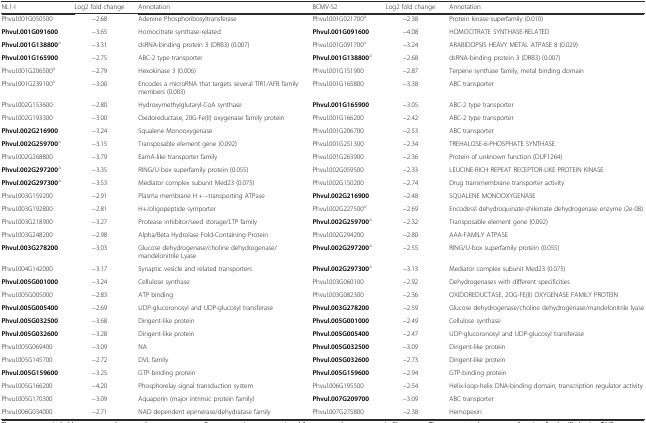
<table><thead><tr><td><b>NL1-I</b></td><td><b>Log2 fold change</b></td><td><b>Annotation</b></td><td><b>BCMV-S2</b></td><td><b>Log2 fold change</b></td><td><b>Annotation</b></td></tr></thead><tbody><tr><td>Phvul.001G050500</td><td>−2.68</td><td>Adenine Phosphoribosyltransferase</td><td>Phvul.001G021700<sup>a</sup></td><td>−2.38</td><td>Protein kinase superfamily (0.010)</td></tr><tr><td><b>Phvul.001G091600</b></td><td>−3.65</td><td>Homocitrate synthase-related</td><td><b>Phvul.001G091600</b></td><td>−4.08</td><td>HOMOCITRATE SYNTHASE-RELATED</td></tr><tr><td><b>Phvul.001G138800</b><sup>a</sup></td><td>−3.31</td><td>dsRNA-binding protein 3 (DRB3) (0.007)</td><td>Phvul.001G091700<sup>a</sup></td><td>−3.24</td><td>ARABIDOPSIS HEAVY METAL ATPASE 8 (0.029)</td></tr><tr><td><b>Phvul.001G165900</b></td><td>−2.75</td><td>ABC-2 type transporter</td><td><b>Phvul.001G138800</b><sup>a</sup></td><td>−2.68</td><td>dsRNA-binding protein 3 (DRB3) (0.007)</td></tr><tr><td>Phvul.001G206500<sup>a</sup></td><td>−2.79</td><td>Hexokinase 3 (0.006)</td><td>Phvul.001G151900</td><td>−2.87</td><td>Terpene synthase family, metal binding domain</td></tr><tr><td>Phvul.001G239100<sup>a</sup></td><td>−3.00</td><td>Encodes a microRNA that targets several TIR1/AFB family members (0.003)</td><td>Phvul.001G165800</td><td>−3.38</td><td>ABC transporter</td></tr><tr><td>Phvul.002G153600</td><td>−2.80</td><td>Hydroxymethylglutaryl-CoA synthase</td><td><b>Phvul.001G165900</b></td><td>−3.05</td><td>ABC-2 type transporter</td></tr><tr><td>Phvul.002G193300</td><td>−3.00</td><td>Oxidoreductase, 20G-Fe(II) oxygenase family protein</td><td>Phvul.001G166200</td><td>−2.42</td><td>ABC-2 type transporter</td></tr><tr><td><b>Phvul.002G216900</b></td><td>−3.24</td><td>Squalene Monooxygenase</td><td>Phvul.001G206700</td><td>−2.53</td><td>ABC transporter</td></tr><tr><td><b>Phvul.002G259700</b><sup>a</sup></td><td>−3.15</td><td>Transposable element gene (0.092)</td><td>Phvul.001G251300</td><td>−2.34</td><td>TREHALOSE-6-PHOSPHATE SYNTHASE</td></tr><tr><td>Phvul.002G268800</td><td>−3.79</td><td>EamA-like transporter family</td><td>Phvul.001G263900</td><td>−2.36</td><td>Protein of unknown function (DUF1264)</td></tr><tr><td><b>Phvul.002G297200</b><sup>a</sup></td><td>−3.35</td><td>RING/U-box superfamily protein (0.055)</td><td>Phvul.002G059500</td><td>−2.33</td><td>LEUCINE-RICH REPEAT RECEPTOR-LIKE PROTEIN KINASE</td></tr><tr><td><b>Phvul.002G297300</b><sup>a</sup></td><td>−3.53</td><td>Mediator complex subunit Med23 (0.075)</td><td>Phvul.002G150200</td><td>−2.74</td><td>Drug transmembrane transporter activity</td></tr><tr><td>Phvul.003G159200</td><td>−2.91</td><td>Plasma membrane H + −transporting ATPase</td><td><b>Phvul.002G216900</b></td><td>−2.48</td><td>SQUALENE MONOOXYGENASE</td></tr><tr><td>Phvul.003G192800</td><td>−2.81</td><td>H+/oligopeptide symporter</td><td>Phvul.002G227500<sup>a</sup></td><td>−2.69</td><td>Encodessl dehydroquinate-shikimate dehydrogenase enzyme (2e-08)</td></tr><tr><td>Phvul.003G218900</td><td>−3.27</td><td>Protease inhibitor/seed storage/LTP family</td><td><b>Phvul.002G259700</b><sup>a</sup></td><td>−2.32</td><td>Transposable element gene (0.092)</td></tr><tr><td>Phvul.003G248200</td><td>−2.98</td><td>Alpha/Beta Hydrolase Fold-Containing Protein</td><td>Phvul.002G294200</td><td>−2.80</td><td>AAA-FAMILY ATPASE</td></tr><tr><td><b>Phvul.003G278200</b></td><td>−3.03</td><td>Glucose dehydrogenase/choline dehydrogenase/mandelonitrile Lyase</td><td><b>Phvul.002G297200</b><sup>a</sup></td><td>−2.55</td><td>RING/U-box superfamily protein (0.055)</td></tr><tr><td>Phvul.004G142000</td><td>−3.17</td><td>Synaptic vesicle and related transporters</td><td><b>Phvul.002G297300</b><sup>a</sup></td><td>−3.13</td><td>Mediator complex subunit Med23 (0.075)</td></tr><tr><td><b>Phvul.005G001000</b></td><td>−3.24</td><td>Cellulose synthase</td><td>Phvul.003G060100</td><td>−2.92</td><td>Dehydrogenases with different specificities</td></tr><tr><td>Phvul.005G005000</td><td>−2.83</td><td>ATP binding</td><td>Phvul.003G082300</td><td>−2.36</td><td>OXIDOREDUCTASE, 2OG-FE(II) OXYGENASE FAMILY PROTEIN</td></tr><tr><td><b>Phvul.005G005400</b></td><td>−2.69</td><td>UDP-glucoronosyl and UDP-glucosyl transferase</td><td><b>Phvul.003G278200</b></td><td>−2.59</td><td>Glucose dehydrogenase/choline dehydrogenase/mandelonitrile lyase</td></tr><tr><td><b>Phvul.005G032500</b></td><td>−3.68</td><td>Dirigent-like protein</td><td><b>Phvul.005G001000</b></td><td>−2.49</td><td>Cellulose synthase</td></tr><tr><td><b>Phvul.005G032600</b></td><td>−3.28</td><td>Dirigent-like protein</td><td><b>Phvul.005G005400</b></td><td>−2.47</td><td>UDP-glucoronosyl and UDP-glucosyl transferase</td></tr><tr><td>Phvul.005G069400</td><td>−3.09</td><td>NA</td><td><b>Phvul.005G032500</b></td><td>−3.09</td><td>Dirigent-like protein</td></tr><tr><td>Phvul.005G145700</td><td>−2.72</td><td>DVL family</td><td><b>Phvul.005G032600</b></td><td>−2.73</td><td>Dirigent-like protein</td></tr><tr><td><b>Phvul.005G159600</b></td><td>−3.25</td><td>GTP-binding protein</td><td><b>Phvul.005G159600</b></td><td>−2.94</td><td>GTP-binding protein</td></tr><tr><td>Phvul.005G166200</td><td>−4.20</td><td>Phosphorelay signal transduction system</td><td>Phvul.006G195500</td><td>−2.54</td><td>Helix-loop-helix DNA-binding domain, transcription regulator activity</td></tr><tr><td>Phvul.005G170300</td><td>−3.09</td><td>Aquaporin (major intrinsic protein family)</td><td><b>Phvul.007G209700</b></td><td>−3.09</td><td>ABC transporter</td></tr><tr><td>Phvul.006G034000</td><td>−2.71</td><td>NAD dependent epimerase/dehydratase family</td><td>Phvul.007G275800</td><td>−2.38</td><td>Hemopexin</td></tr></tbody></table>